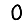
Digit: 0